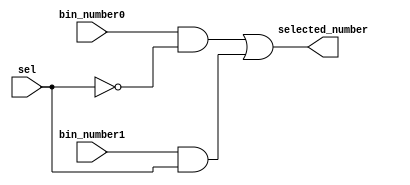
module mux_2x1_1bit
(
    input  bin_number0,    
    input  bin_number1,    
    input  sel,  
    output selected_number
);
    wire inv_sel;
	 wire [1:0] aux;

    not inv0(inv_sel, sel);
	 
    and and0(aux[0], bin_number0, inv_sel);
    and and1(aux[1], bin_number1, sel);
	 
    or  or0(selected_number, aux[0], aux[1]);
	 
endmodule